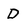
Character: D